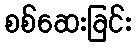
စစ်ဆေးခြင်း